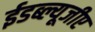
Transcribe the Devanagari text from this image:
ईडब्ल्यूजीए